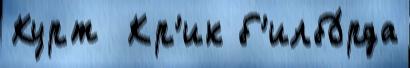
Курт  Кр'ик б'илбо́рда